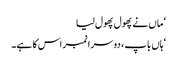
‘ ماں نے پھول پھول لیا
‘ہاں باپ ، دوسرا نمبر اس کا ہے۔